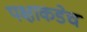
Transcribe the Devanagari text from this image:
पक्षाकडेच